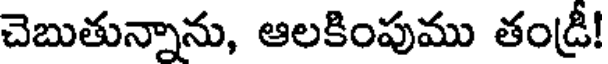
చెబుతున్నాను, ఆలకింపుము తండ్రీ!